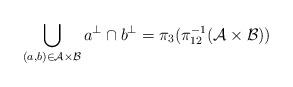
LaTeX: \begin{align*} \bigcup_{(a,b)\in\mathcal{A}\times\mathcal{B}}a^\perp\cap b^\perp = \pi_3(\pi_{12}^{-1}(\mathcal{A}\times\mathcal{B}))\end{align*}